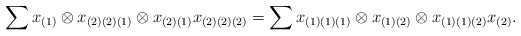
\begin{align*} \sum x_{(1)} \otimes x_{(2)(2)(1)} \otimes x_{(2)(1)} x_{(2)(2)(2)} = \sum x_{(1)(1)(1)} \otimes x_{(1)(2)} \otimes x_{(1)(1)(2)}x_{(2)}.\end{align*}